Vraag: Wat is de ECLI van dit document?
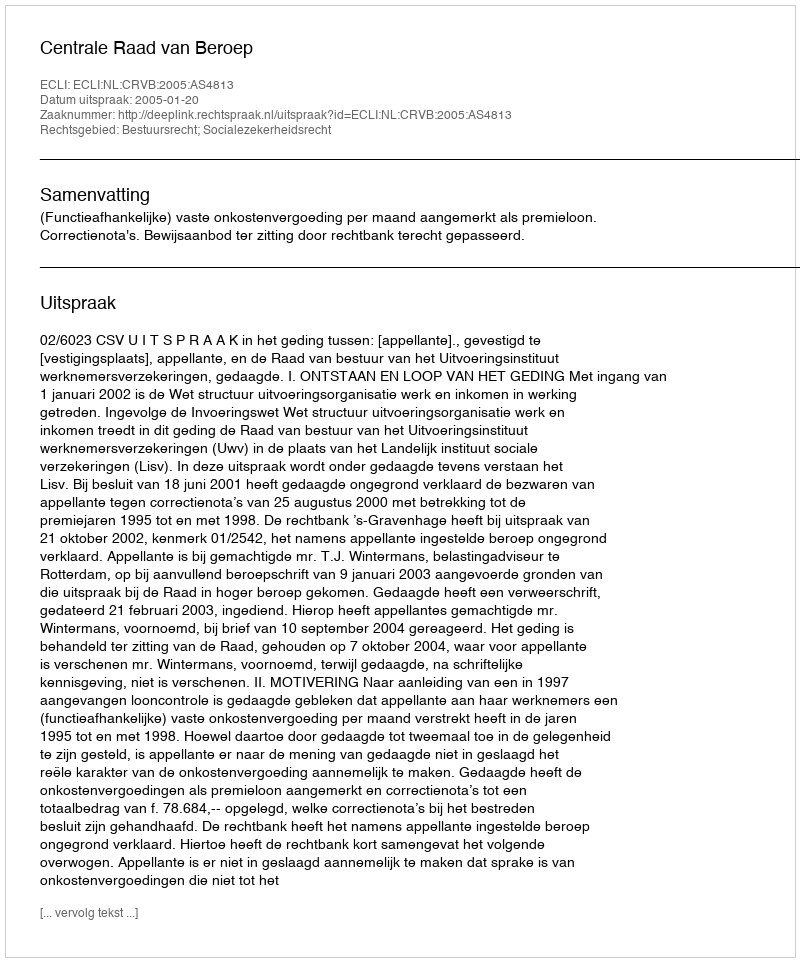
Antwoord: ECLI:NL:CRVB:2005:AS4813